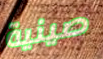
صينية